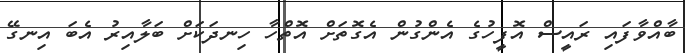
ބާއްވާފައި ރައީސް އޮފީހުގެ އެންގުން އެގޮތަށް އޮތްހާ ހިނދަކަށް ބަލާއިރު އެބަ އިނގޭ